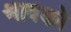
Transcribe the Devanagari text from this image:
श्रावको